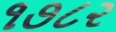
૧૭૮૨